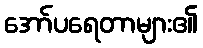
အော်ပရေတာများ၏